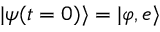
| \psi ( t = 0 ) \rangle = | \varphi , e \rangle